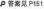
答案见P151